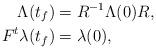
LaTeX: \begin{align*}\Lambda(t_f) &= R^{-1} \Lambda(0) R,\\F^t\lambda(t_f) &= \lambda(0),\\\end{align*}